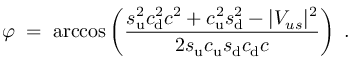
\varphi \; = \; \operatorname { a r c c o s } \left( \frac { s _ { \mathrm { u } } ^ { 2 } c _ { \mathrm { d } } ^ { 2 } c ^ { 2 } + c _ { \mathrm { u } } ^ { 2 } s _ { \mathrm { d } } ^ { 2 } - | V _ { u s } | ^ { 2 } } { 2 s _ { \mathrm { u } } c _ { \mathrm { u } } s _ { \mathrm { d } } c _ { \mathrm { d } } c } \right) \; .